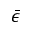
\bar { \epsilon }